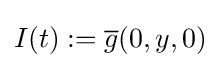
I(t):={\overline {g}}(0,y,0)